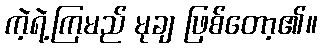
ကဲ့ရဲ့ကြမည် မုချ ဖြစ်တော့၏။